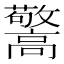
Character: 𱅽